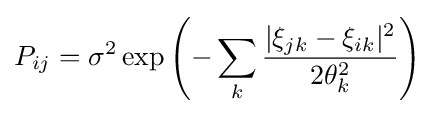
P_{ij}=\sigma ^{2}\exp \left(-\sum _{k}{\frac {|\xi _{jk}-\xi _{ik}|^{2}}{2\theta _{k}^{2}}}\right)